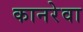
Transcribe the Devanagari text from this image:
कानरेवा